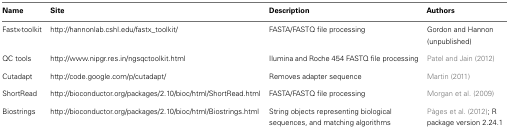
<table><thead><tr><td><b>Name</b></td><td><b>Site</b></td><td><b>Description</b></td><td><b>Authors</b></td></tr></thead><tbody><tr><td>Fastx-toolkit</td><td>http://hannonlab.cshl.edu/fastx_toolkit/</td><td>FASTA/FASTQ file processing</td><td>Gordon and Hannon (unpublished)</td></tr><tr><td>QC tools</td><td>http://www.nipgr.res.in/ngsqctoolkit.html</td><td>Ilumina and Roche 454 FASTQ file processing</td><td>Patel and Jain (2012)</td></tr><tr><td>Cutadapt</td><td>http://code.google.com/p/cutadapt/</td><td>Removes adapter sequence</td><td>Martin (2011)</td></tr><tr><td>ShortRead</td><td>http://bioconductor.org/packages/2.10/bioc/html/ShortRead.html</td><td>FASTA/FASTQ file processing</td><td>Morgan et al. (2009)</td></tr><tr><td>Biostrings</td><td>http://bioconductor.org/packages/2.10/bioc/html/Biostrings.html</td><td>String objects representing biological sequences, and matching algorithms</td><td>Pàges et al. (2012); R package version 2.24.1</td></tr></tbody></table>